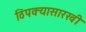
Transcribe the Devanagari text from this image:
ठिपक्यासारखी